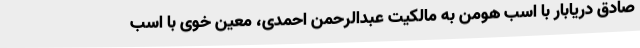
صادق دریابار با اسب هومن به مالکیت عبدالرحمن احمدی، معین خوی با اسب